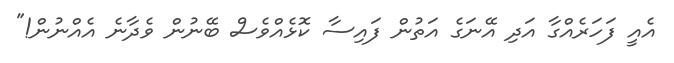
އެއީ ފަހަރެއްގާ އަދި އޭނަގެ އަތުން ފައިސާ ކޮޅެއްވެސް ބޭނުން ވެދާނެ އެއްނުން!"